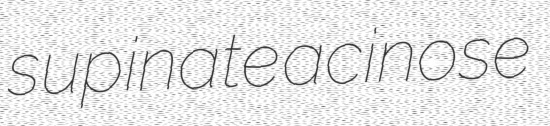
supinate acinose